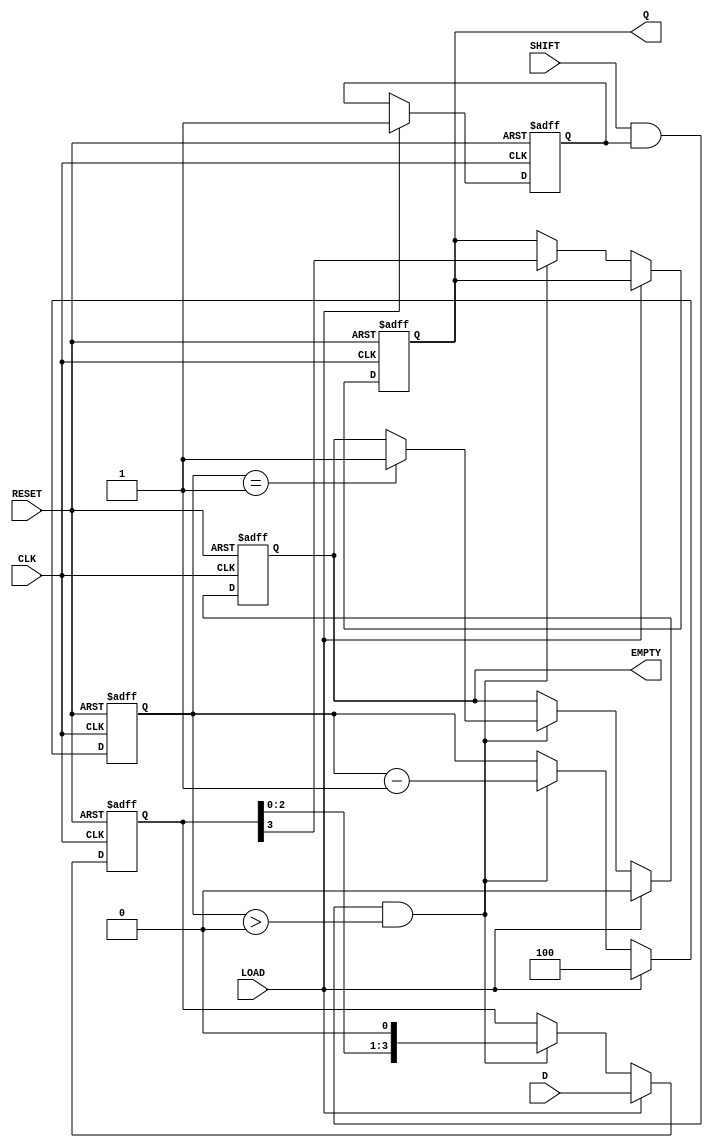
module PISO_Register (
    input wire [3:0] D,      // Parallel data input (D0, D1, D2, D3)
    input wire CLK,          // Clock signal
    input wire LOAD,         // Load signal
    input wire SHIFT,        // Shift signal
    input wire RESET,        // Asynchronous reset
    output reg Q,            // Serial data output
    output reg EMPTY         // Status signal indicating if the register is empty
);

    reg [3:0] shift_reg;     // Internal shift register
    reg [2:0] bit_count;     // Counter to track number of bits shifted out
    reg is_loaded;           // Flag to indicate if data has been loaded

    always @(posedge CLK or posedge RESET) begin
        if (RESET) begin
            shift_reg <= 4'b0000; // Clear the register
            Q <= 1'b0;            // Output low on reset
            EMPTY <= 1'b1;        // Register is empty
            bit_count <= 3'b000;  // Reset bit counter
            is_loaded <= 1'b0;    // Clear loaded flag
        end else begin
            if (LOAD) begin
                shift_reg <= D;   // Load parallel data
                is_loaded <= 1'b1; // Data is loaded
                bit_count <= 3'b100; // Set counter to number of bits
                EMPTY <= 1'b0;      // Register is not empty
            end else if (SHIFT && is_loaded && bit_count > 0) begin
                Q <= shift_reg[3]; // Output the MSB
                shift_reg <= {shift_reg[2:0], 1'b0}; // Shift left
                bit_count <= bit_count - 1; // Decrement count
                if (bit_count == 1) begin
                    EMPTY <= 1'b1; // Mark as empty when last bit is shifted out
                end
            end
        end
    end

endmodule